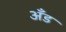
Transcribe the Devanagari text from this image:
अँड